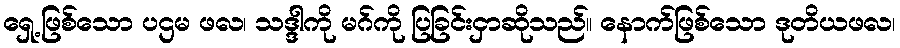
ရှေ့ဖြစ်သော ပဌမ ဖလ၊ သဒ္ဒါကို မဂ်ကို ပြခြင်းငှာဆိုသည်။ နောက်ဖြစ်သော ဒုတိယဖလ၊